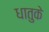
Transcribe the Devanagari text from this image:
धातुके